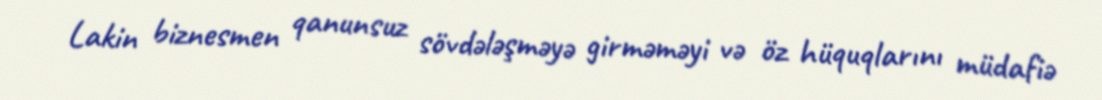
Lakin biznesmen qanunsuz sövdələşməyə girməməyi və öz hüquqlarını müdafiə